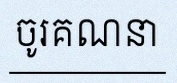
ចូរគណនា